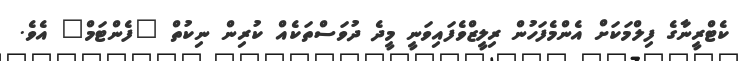
ކެޓްރީނާގެ ފިލްމަކަށް އެންމެފަހުން ރިލީޒްވެފައިވަނީ މީދެ ދުވަސްތަކެއް ކުރިން ނިކުތް "ފެންޓަމް" އެވެ.